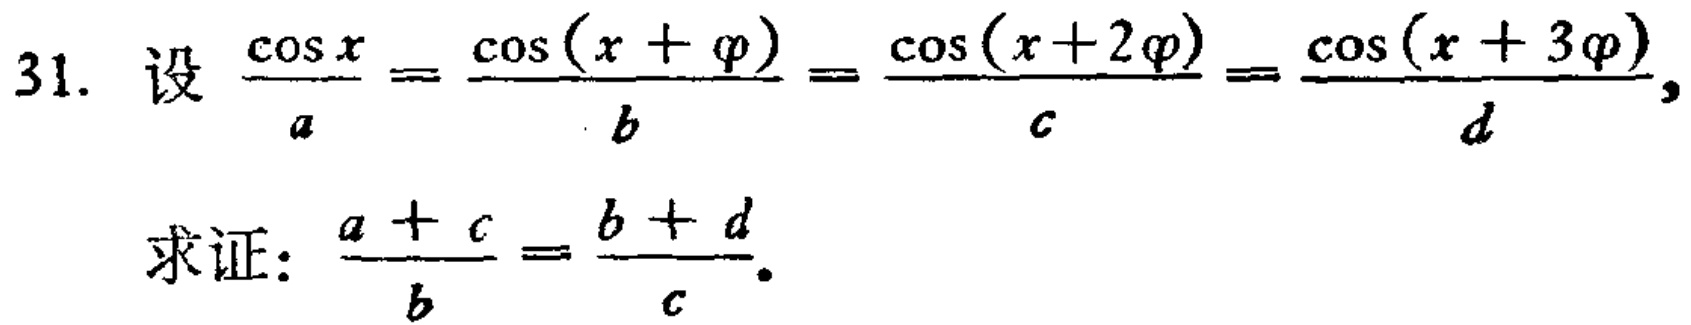
31. 设$\frac{\cos x}{a}=\frac{\cos(x + \varphi)}{b}=\frac{\cos(x + 2\varphi)}{c}=\frac{\cos(x + 3\varphi)}{d}$，

求证：$\frac{a + c}{b}=\frac{b + d}{c}$。